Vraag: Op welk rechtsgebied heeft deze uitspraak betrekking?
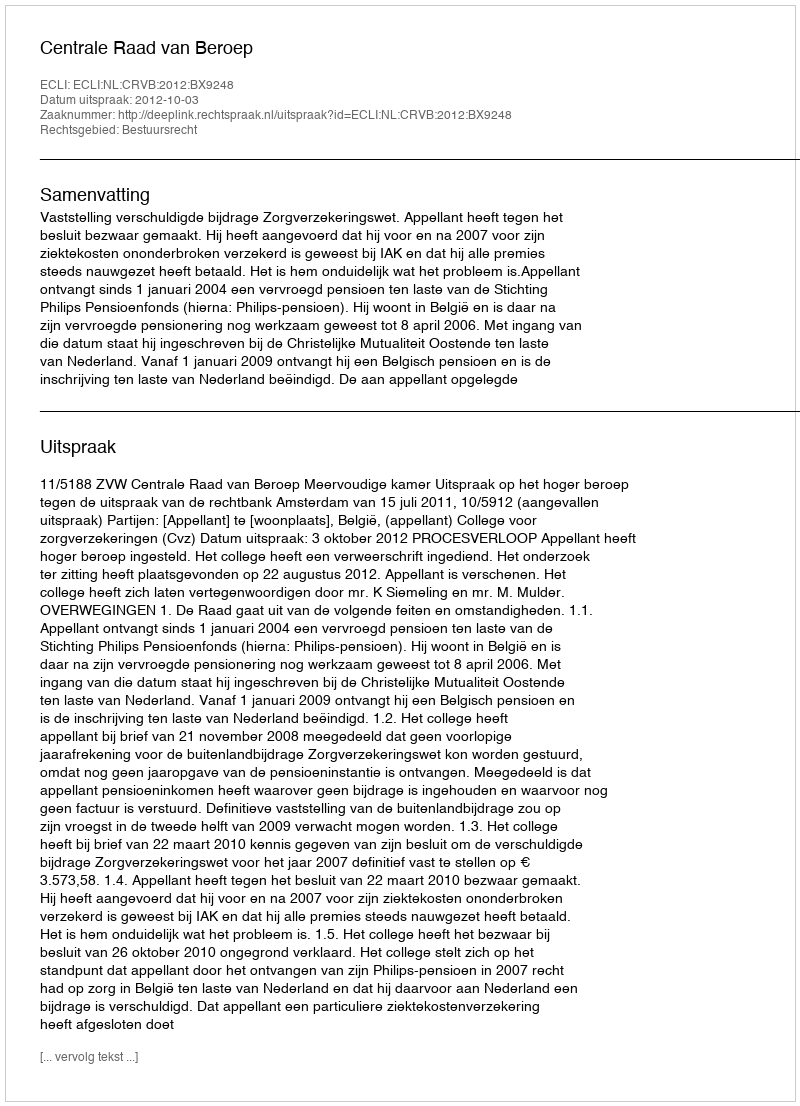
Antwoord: Bestuursrecht